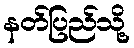
နတ်ပြည်သို့